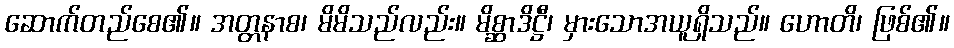
ဆောက်တည်စေ၏။ အတ္တနာစ၊ မိမိသည်လည်း။ မိစ္ဆာဒိဋ္ဌီ၊ မှားသောအယူရှိသည်။ ဟောတိ၊ ဖြစ်၏။